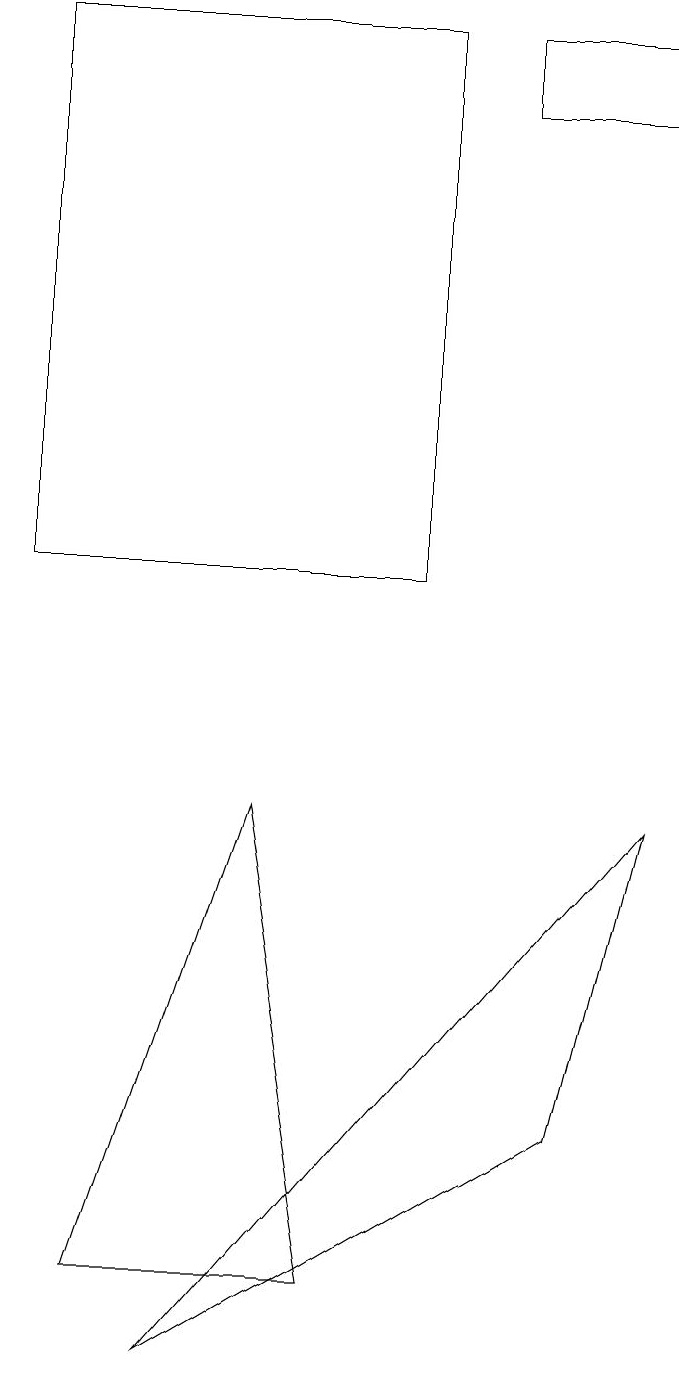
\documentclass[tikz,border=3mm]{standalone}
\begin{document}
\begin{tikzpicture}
\draw (5,19) rectangle (0,12);
\draw (8,18) rectangle (6,19);
\draw (1,3) -- (4,3) -- (3,9) -- cycle;
\draw (8,9) -- (7,5) -- (2,2) -- cycle;
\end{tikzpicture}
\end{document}